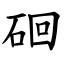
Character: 硘